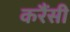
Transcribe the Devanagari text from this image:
करैंसी